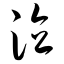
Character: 泣